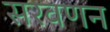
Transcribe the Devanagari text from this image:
सरवणन